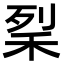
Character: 𥞥